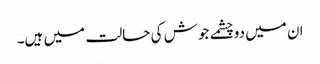
ان میں دوچشمے جوش کی حالت میں ہیں۔